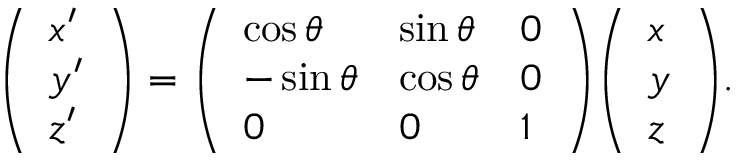
{ \left( \begin{array} { l } { x ^ { \prime } } \\ { y ^ { \prime } } \\ { z ^ { \prime } } \end{array} \right) } = { \left( \begin{array} { l l l } { \cos \theta } & { \sin \theta } & { 0 } \\ { - \sin \theta } & { \cos \theta } & { 0 } \\ { 0 } & { 0 } & { 1 } \end{array} \right) } { \left( \begin{array} { l } { x } \\ { y } \\ { z } \end{array} \right) } .